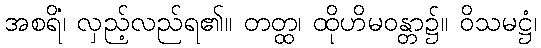
အစရိံ၊ လှည့်လည်ရ၏။ တတ္ထ၊ ထိုဟိမဝန္တာ၌။ ဝိသမဋ္ဌံ၊